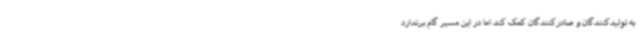
به تولیدکنندگان و صادرکنندگان کمک کند اما در این مسیر گام برندارد